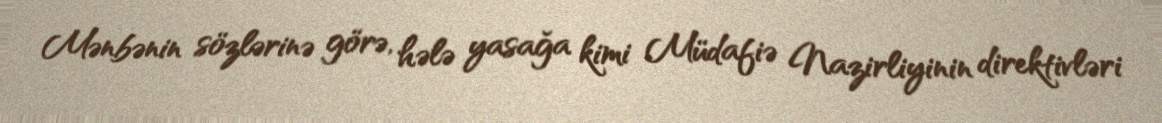
Mənbənin sözlərinə görə, hələ yasağa kimi Müdafiə Nazirliyinin direktivləri